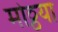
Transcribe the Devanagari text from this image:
मोठ्ठया